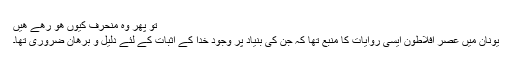
تو پھر وہ منحرف کیوں ھو رھے ھیں
یونان میں عصر افلاطون ایسی روایات کا منبع تھا کہ جن کی بنیاد پر وجود خدا کے اثبات کے لئے دلیل و برھان ضروری تھا۔